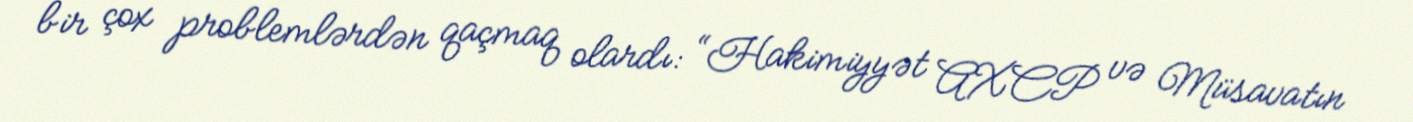
bir çox problemlərdən qaçmaq olardı: “Hakimiyyət AXCP və Müsavatın